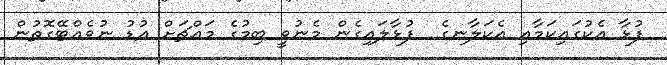
ފުޅާ އެކުގައިކަމާއި އެކަލާނގެ  ފުޅާލައިގެން މެނުވީ ބިމުގެ މައްޗަށް އުޑު ނުވެއްޓޭގޮތުން